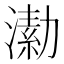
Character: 𣾗